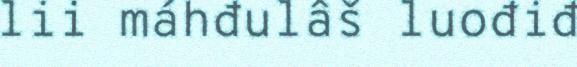
lii máhđulâš luođiđ